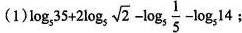
(1)$$\log _ { 5 } 3 5 + 2 \log